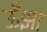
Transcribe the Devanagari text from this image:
ऊँझा